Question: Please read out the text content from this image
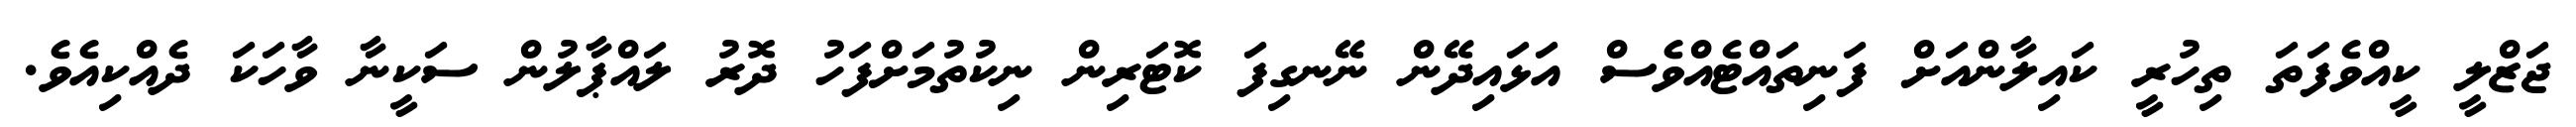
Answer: ޖަޒްލީ ކީއްވެފަތަ ތިހުރީ ކައިލާންއަށް ފަނިތައްޓެއްވެސް އަޅައިދޭން ނޭނގިފަ ކޮޓަރިން ނިކުތުމަށްފަހު ދޮރު ލައްޕާލުން ސަކީނާ ވާހަކަ ދެއްކިއެވެ.